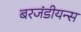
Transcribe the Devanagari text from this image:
बरजंडीयन्स